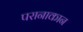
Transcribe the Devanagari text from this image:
परानाकान